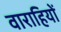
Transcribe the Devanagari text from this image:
वाराहियों